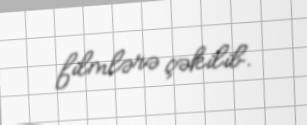
filmlərə çəkilib.